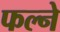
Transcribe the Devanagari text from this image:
फल्ने